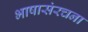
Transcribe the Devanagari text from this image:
भाषासंरचना